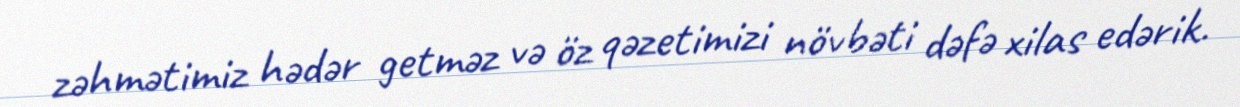
zəhmətimiz hədər getməz və öz qəzetimizi növbəti dəfə xilas edərik.